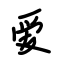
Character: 爱